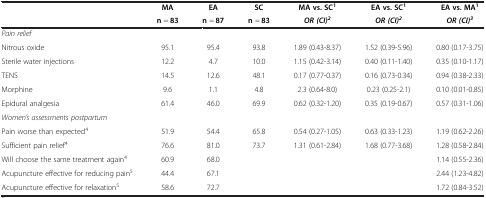
<table><thead><tr><td><b> </b></td><td><b>MA</b></td><td><b>EA</b></td><td><b>SC</b></td><td><b>MA vs. SC<sup>1</sup></b></td><td><b>EA vs. SC<sup>1</sup></b></td><td><b>EA vs. MA<sup>1</sup></b></td></tr><tr><td><b> </b></td><td><b>n = 83</b></td><td><b>n = 87</b></td><td><b>n = 83</b></td><td><b><i>OR (CI)</i><sup><i>2</i></sup></b></td><td><b><i>OR (CI)</i><sup><i>2</i></sup></b></td><td><b><i>OR (CI)</i><sup><i>3</i></sup></b></td></tr></thead><tbody><tr><td><i>Pain relief</i></td><td> </td><td> </td><td> </td><td> </td><td> </td><td> </td></tr><tr><td>Nitrous oxide</td><td>95.1</td><td>95.4</td><td>93.8</td><td>1.89 (0.43-8.37)</td><td>1.52 (0.39-5.96)</td><td>0.80 (0.17-3.75)</td></tr><tr><td>Sterile water injections</td><td>12.2</td><td>4.7</td><td>10.0</td><td>1.15 (0.42-3.14)</td><td>0.40 (0.11-1.40)</td><td>0.35 (0.10-1.17)</td></tr><tr><td>TENS</td><td>14.5</td><td>12.6</td><td>48.1</td><td>0.17 (0.77-0.37)</td><td>0.16 (0.73-0.34)</td><td>0.94 (0.38-2.33)</td></tr><tr><td>Morphine</td><td>9.6</td><td>1.1</td><td>4.8</td><td>2.3 (0.64-8.0)</td><td>0.23 (0.25-2.1)</td><td>0.10 (0.01-0.85)</td></tr><tr><td>Epidural analgesia</td><td>61.4</td><td>46.0</td><td>69.9</td><td>0.62 (0.32-1.20)</td><td>0.35 (0.19-0.67)</td><td>0.57 (0.31-1.06)</td></tr><tr><td><i>Women’s assessments postpartum</i></td><td> </td><td> </td><td> </td><td> </td><td> </td><td> </td></tr><tr><td>Pain worse than expected<sup>4</sup></td><td>51.9</td><td>54.4</td><td>65.8</td><td>0.54 (0.27-1.05)</td><td>0.63 (0.33-1.23)</td><td>1.19 (0.62-2.26)</td></tr><tr><td>Sufficient pain relief<sup>4</sup></td><td>76.6</td><td>81.0</td><td>73.7</td><td>1.31 (0.61-2.84)</td><td>1.68 (0.77-3.68)</td><td>1.28 (0.58-2.84)</td></tr><tr><td>Will choose the same treatment again<sup>4</sup></td><td>60.9</td><td>68.0</td><td> </td><td> </td><td> </td><td>1.14 (0.55-2.36)</td></tr><tr><td>Acupuncture effective for reducing pain<sup>5</sup></td><td>44.4</td><td>67.1</td><td> </td><td> </td><td> </td><td>2.44 (1.23-4.82)</td></tr><tr><td>Acupuncture effective for relaxation<sup>5</sup></td><td>58.6</td><td>72.7</td><td> </td><td> </td><td> </td><td>1.72 (0.84-3.52)</td></tr></tbody></table>